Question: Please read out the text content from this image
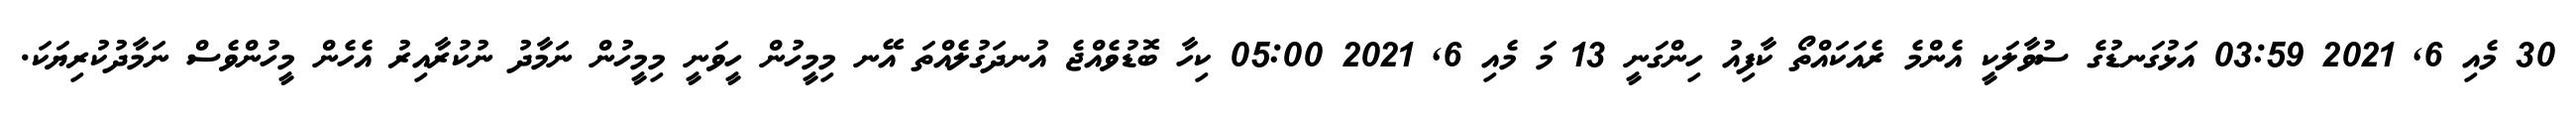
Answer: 30 މެއި 6, 2021 03:59 އަޅުގަނޑުގެ ސުވާލަކީ އެންމެ ރެއަކައްތޯ ކާފިއު ހިންގަނީ 13 މަ މެއި 6, 2021 05:00 ކިހާ ބޮޑުވެއްޖެ އުނދަގުލެއްތަ އޭނ މިމީހުން ހީވަނީ މިމީހުން ނަމާދު ނުކުރާއިރު އެހެން މީހުންވެސް ނަމާދުކުރިޔަކަ.